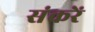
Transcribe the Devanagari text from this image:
संकरें